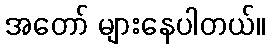
အတော် များနေပါတယ်။